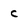
Character: c